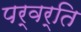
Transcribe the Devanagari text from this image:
पर्वर्ति